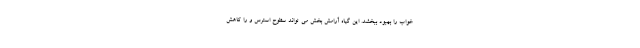
خواب را بهبود ببخشد. این گیاه آرامش بخش می تواند سطوح استرس و را کاهش